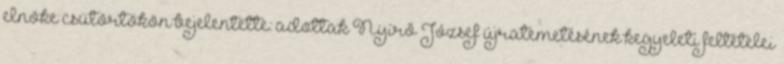
elnöke csütörtökön bejelentette: adottak Nyírő József újratemetésének kegyeleti feltételei